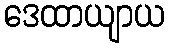
ဒေထာယျာယ